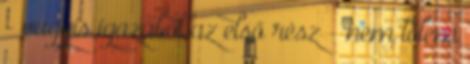
- vagyis igazából az első rész - nem tőlem